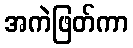
အကဲဖြတ်ကာ